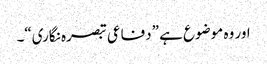
اور وہ موضوع ہے ”دفاعی تبصرہ نگاری“۔